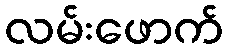
လမ်းဖောက်